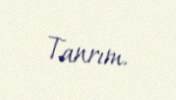
Tanrım.